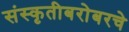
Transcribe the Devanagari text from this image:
संस्कृतीबरोबरचे